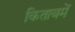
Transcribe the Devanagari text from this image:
किताबमें